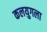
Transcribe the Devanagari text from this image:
कलयुगला